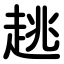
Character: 趒